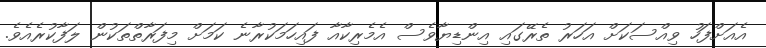
އެއަށްފަހު ވިއްސަކަށް އަހަރު ތެރޭގައި އިންޑިޔާވެސް އެމެރިކާއާ ފައިހަމަކުރާނެ ކަމަށް މިފަރާތްތަކުން ލަފާކުރެއެވެ.